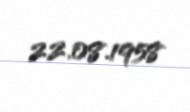
22.08.1958